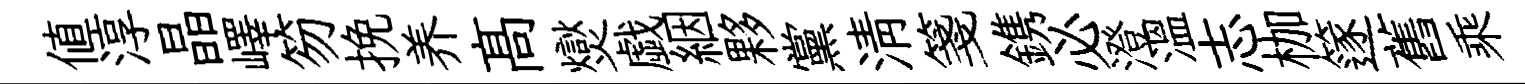
値淳晶嶧笏挽养髙爕戯絪夥黨清箋鎸必澄溫志枷篴舊乘